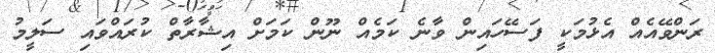
ރަންވޭއެއް އެޅުމަކީ ފަސޭހައިން ވާނެ ކަމެއް ނޫން ކަމަށް އިޝާރާތް ކުރައްވައި ސަލީމު